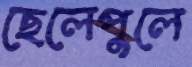
ছেলেপুলে